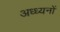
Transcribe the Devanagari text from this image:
अध्ध्यनों